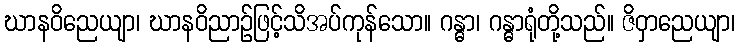
ဃာနဝိညေယျာ၊ ဃာနဝိညာဉ်ဖြင့်သိအပ်ကုန်သော။ ဂန္ဓာ၊ ဂန္ဓာရုံတို့သည်။ ဇိဝှာညေယျာ၊